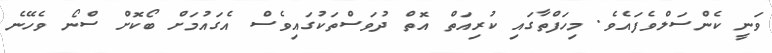
ވަނީ ކެންސަލްވެފައެވެ. މިހަފްތާގައި ކުރިއަތް އޮތް ދުވަސްތަކުގައިވެސް އެގައުމަށް ބޯކޮށް ސްނޯ ވެހޭނެ